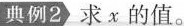
典例2 求x的值。